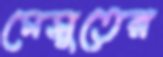
মেসুতের